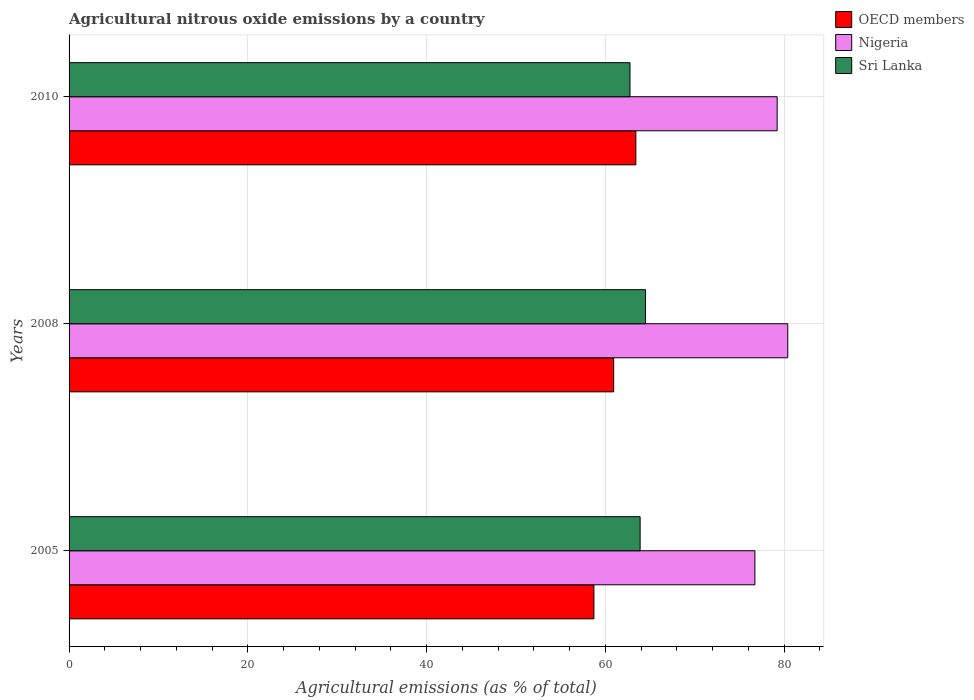
| Years | OECD members | Nigeria | Sri Lanka |
 | --- | --- | --- | --- |
 | 2005 | 58.7 | 76.7 | 63.9 |
 | 2008 | 60.9 | 80.4 | 64.5 |
 | 2010 | 63.4 | 79.2 | 62.8 |